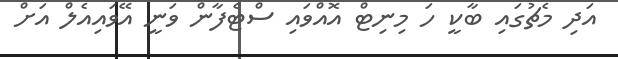
އަދި މެޗުގައި ބާކީ ހަ މިނިޓް އޮއްވައި ސްޓެފާން ވަނީ އޭވައިއެލް އަށް